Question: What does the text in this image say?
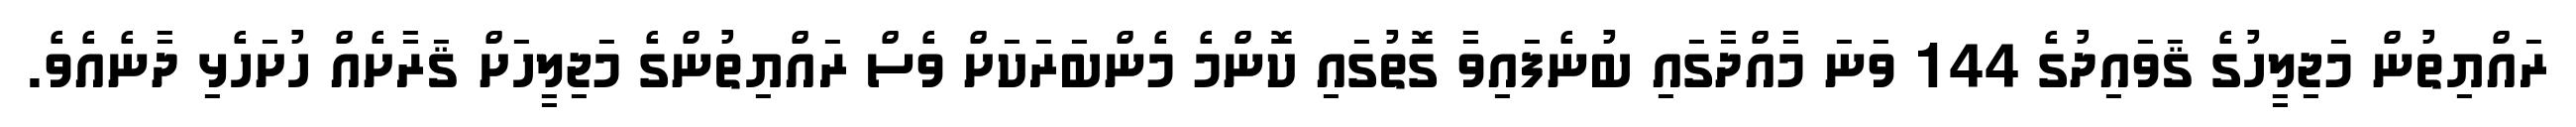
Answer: ރައްޔިތުން މަޖިލީހުގެ ޤަވައިދުގެ 144 ވަނަ މާއްދާގައި ބުނެފައިވާ ގޮތުގައި ކޮންމެ މެންބަރަކަށް ވެސް ރައްޔިތުންގެ މަޖިލީހަށް ޤަރާށެއް ހުށަހެޅި ދާނެއެވެ.